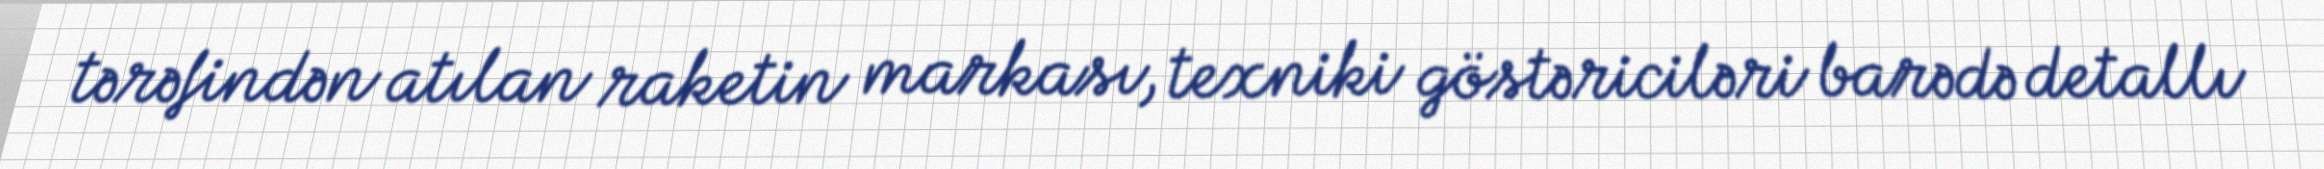
tərəfindən atılan raketin markası, texniki göstəriciləri barədə detallı